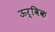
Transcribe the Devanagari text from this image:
ऊर्विक